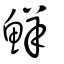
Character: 鮮